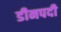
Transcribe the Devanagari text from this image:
डीनपदी